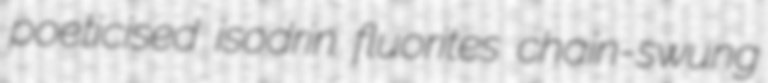
poeticised isodrin fluorites chain-swung